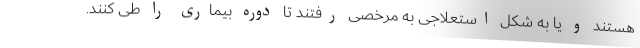
هستند و یا به شکل استعلاجی به مرخصی رفتند تا دوره بیماری را طی کنند.